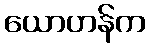
ယောဟန်က